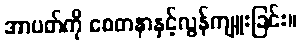
အာပတ်ကို စေတနာနှင့်လွန်ကျူးခြင်း။